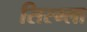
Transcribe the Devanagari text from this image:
सिस्म्ला